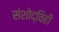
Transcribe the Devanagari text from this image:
संशोद्विहीं